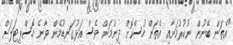
"އެތަން ބޭނުން ނުކުރުމަށާއި އެތަން ހުސްކޮށް ދިނުމަށް ވެސް އަޅުގަނޑުމެން ވާނެ ހޮސްޕިޓަލަށް